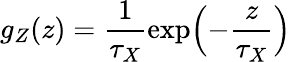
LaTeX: g_{Z}(z)=\frac{1}{\tau_{X}}\exp\Bigl(-\frac{z}{\tau_{X}}\Bigr)